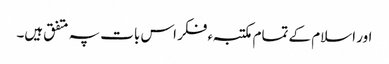
اور اسلام کے تمام مکتبہء فکر اس بات پہ متفق ہیں۔